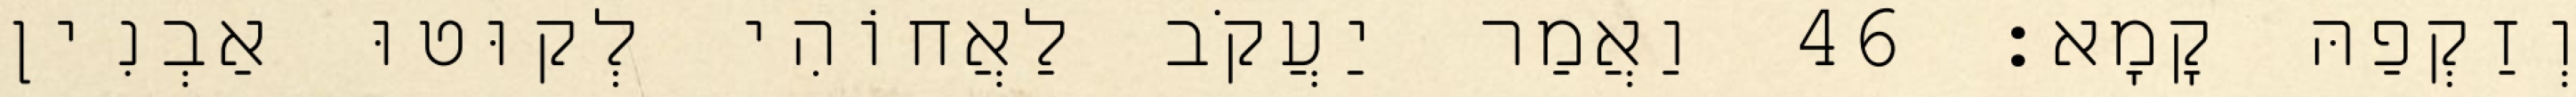
וְזַקְפַהּ קָמָא׃ 46 וַאֲמַר יַעֲקֹב לַאֲחוֹהִי לְקוּטוּ אַבְנִין